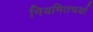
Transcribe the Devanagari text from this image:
नियमितचर्या